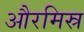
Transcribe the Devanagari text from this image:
औरमिस्र